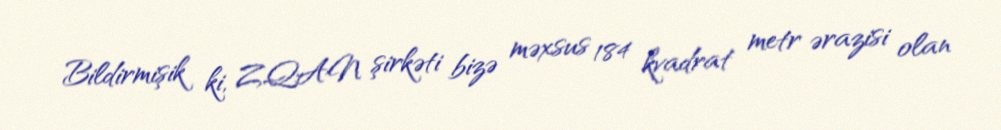
Bildirmişik ki, ZQAN şirkəti bizə məxsus 184 kvadrat metr ərazisi olan